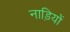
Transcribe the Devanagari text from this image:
नाड़ियों